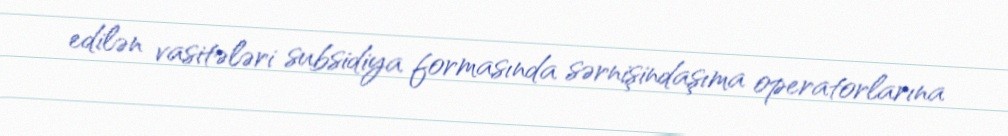
edilən vasitələri subsidiya formasında sərnişindaşıma operatorlarına